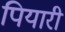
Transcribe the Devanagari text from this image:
पियारी